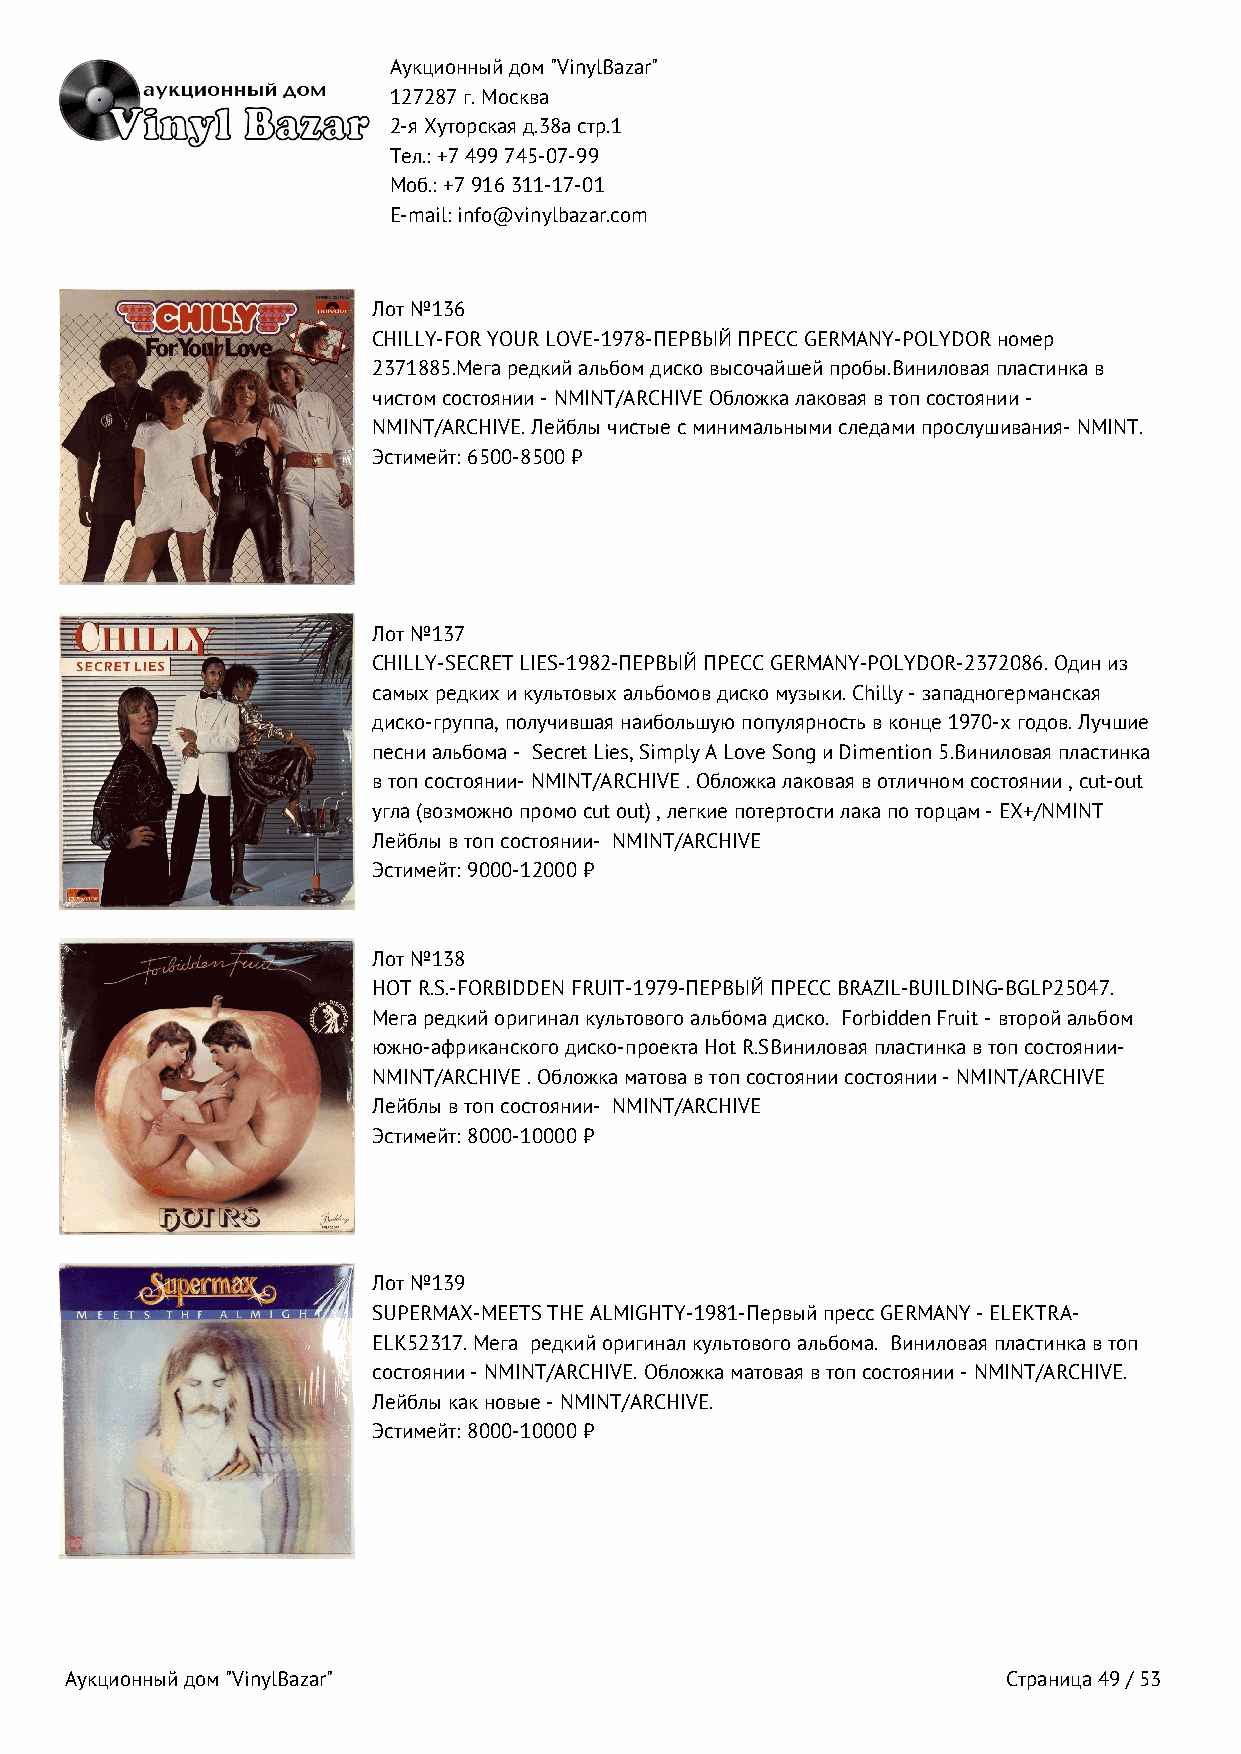
Аукционный дом "VinylBazar"
 127287 г. Москва
 2-я Хуторская д.38а стр.1
 Тел.: +7 499 745‑07‑99
 Моб.: +7 916 311‑17‑01
 E-mail: info@vinylbazar.com
 Лот №136
 CHILLY-FOR YOUR LOVE-1978-ПЕРВЫЙ ПРЕСС GERMANY-POLYDOR номер
 2371885.Мега редкий альбом диско высочайшей пробы.Виниловая пластинка в
 чистом состоянии - NMINT/ARCHIVE Обложка лаковая в топ состоянии -
 NMINT/ARCHIVE. Лейблы чистые с минимальными следами прослушивания- NMINT.
 Эстимейт: 6500-8500 ₽
 Лот №137
 CHILLY-SECRET LIES-1982-ПЕРВЫЙ ПРЕСС GERMANY-POLYDOR-2372086. Один из
 самых редких и культовых альбомов диско музыки. Chilly - западногерманская
 диско-группа, получившая наибольшую популярность в конце 1970-х годов. Лучшие
 песни альбома - Secret Lies, Simply A Love Song и Dimention 5.Виниловая пластинка
 в топ состоянии- NMINT/ARCHIVE . Обложка лаковая в отличном состоянии , cut-out
 угла (возможно промо cut out) , легкие потертости лака по торцам - EX+/NMINT
 Лейблы в топ состоянии- NMINT/ARCHIVE
 Эстимейт: 9000-12000 ₽
 Лот №138
 HOT R.S.-FORBIDDEN FRUIT-1979-ПЕРВЫЙ ПРЕСС BRAZIL-BUILDING-BGLP25047.
 Мега редкий оригинал культового альбома диско. Forbidden Fruit - второй альбом
 южно-африканского диско-проекта Hot R.SВиниловая пластинка в топ состоянии-
 NMINT/ARCHIVE . Обложка матова в топ состоянии состоянии - NMINT/ARCHIVE
 Лейблы в топ состоянии- NMINT/ARCHIVE
 Эстимейт: 8000-10000 ₽
 Лот №139
 SUPERMAX-MEETS THE ALMIGHTY-1981-Первый пресс GERMANY - ELEKTRA-
 ELK52317. Мега редкий оригинал культового альбома. Виниловая пластинка в топ
 состоянии - NMINT/ARCHIVE. Обложка матовая в топ состоянии - NMINT/ARCHIVE.
 Лейблы как новые - NMINT/ARCHIVE.
 Эстимейт: 8000-10000 ₽
 Аукционный дом "VinylBazar"                                    Страница 49 / 53